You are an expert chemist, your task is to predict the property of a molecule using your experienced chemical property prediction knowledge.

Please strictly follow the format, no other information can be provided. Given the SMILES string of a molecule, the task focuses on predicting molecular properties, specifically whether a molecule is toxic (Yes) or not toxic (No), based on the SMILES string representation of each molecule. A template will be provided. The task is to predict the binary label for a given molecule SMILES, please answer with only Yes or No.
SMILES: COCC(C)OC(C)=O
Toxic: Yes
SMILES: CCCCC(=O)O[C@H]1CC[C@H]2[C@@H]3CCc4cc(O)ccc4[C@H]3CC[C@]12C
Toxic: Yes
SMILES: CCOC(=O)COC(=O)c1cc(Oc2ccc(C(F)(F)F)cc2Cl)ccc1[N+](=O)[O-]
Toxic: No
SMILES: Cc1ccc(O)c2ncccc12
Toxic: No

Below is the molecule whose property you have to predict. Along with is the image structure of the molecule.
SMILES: O=C(c1ccc(O)cc1)c1ccc(O)cc1O
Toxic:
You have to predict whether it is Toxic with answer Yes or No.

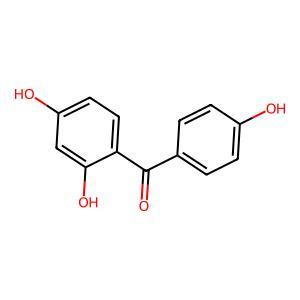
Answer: Yes